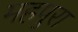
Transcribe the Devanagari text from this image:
महपुरा